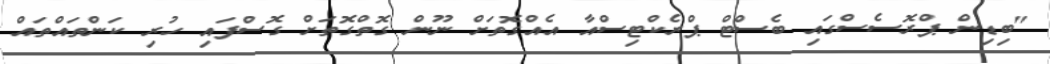
"ބިޑިން ޕްރޮސެސްގައި ބެސްޓް ޕްރެކްޓިސްއާ އެއްގޮތަށް ނޫން ގޮތްގޮތަށް ގޮސްފައި ހުރި ކަންތައްތައް